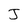
Character: J